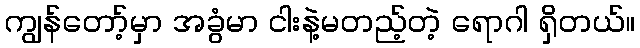
ကျွန်တော့်မှာ အခွံမာ ငါးနဲ့မတည့်တဲ့ ရောဂါ ရှိတယ်။